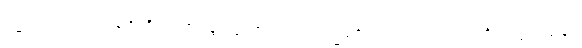
ဓမ္မယာဂံ၊ တရားယဇ်ကို။ ယဇန္တော၊ ပူဇော်လျက်။ ဓမ္မဓဇံ၊ တရားအောင်လံကို။ ပဂ္ဂဏှန္တော၊